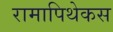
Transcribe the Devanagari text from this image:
रामापिथेकस